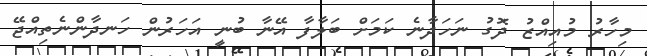
މިހާރު މުއިއްޒު ދޮގު ނަހަދާނެ ކަމަށް ބަލާފާ އޭނާ ބުނީ އަހަރުން ހަނދާންނެތިއްޖޭ